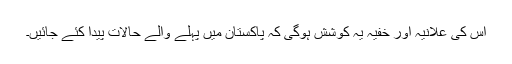
اس کی علانیہ اور خفیہ یہ کوشش ہوگی کہ پاکستان میں پہلے والے حالات پیدا کئے جائیں۔